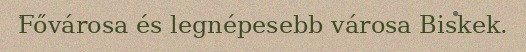
Fővárosa és legnépesebb városa Biskek.